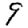
Digit: 9